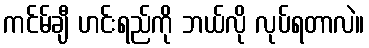
ကင်မ်ချီ ဟင်းရည်ကို ဘယ်လို လုပ်ရတာလဲ။